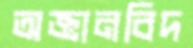
অজ্ঞানবিদ